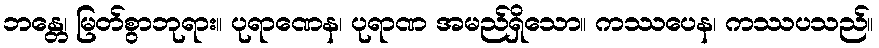
ဘန္တေ၊ မြတ်စွာဘုရား။ ပုရာဏေန၊ ပုရာဏ အမည်ရှိသော။ ကဿပေန၊ ကဿပသည်။